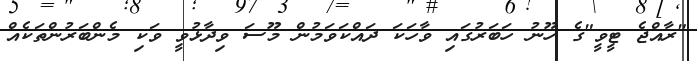
"ރާއްޖެ ޓީވީ"ގެ ހޫނު ހަބަރުުގައި ވާހަކަ ދައްކަވަމުން މޫސަ ވިދާޅުވީ ވަކި މެންބަރުންތަކެއް